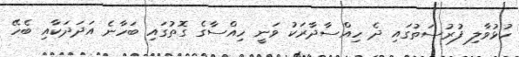
ހުޅުވާލި ފުރުސަތުގައި ދެ ހިއްސާދާރަކު ވަނީ ހިއްސާގެ ގޮތުގައި ބަހާނެ އަދަދަކާއި ބެހޭ